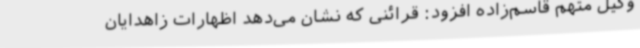
وکیل متهم قاسم‌زاده افزود: قرائنی که نشان می‌دهد اظهارات زاهدایان